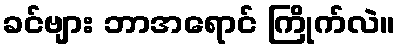
ခင်ဗျား ဘာအရောင် ကြိုက်လဲ။